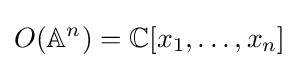
O(\mathbb {A} ^{n})=\mathbb {C} [x_{1},\ldots ,x_{n}]